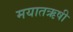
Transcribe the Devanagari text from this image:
मयातऋषी